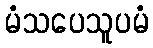
မံသပေသူပမံ